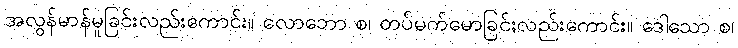
အလွန်မာန်မူခြင်းလည်းကောင်း။ လောဘော စ၊ တပ်မက်မောခြင်းလည်းကောင်း။ ဒေါသော စ၊